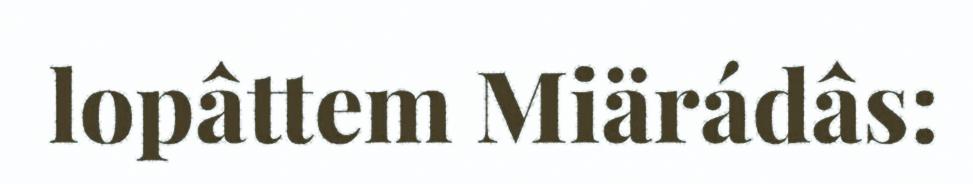
lopâttem Miärádâs: